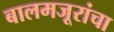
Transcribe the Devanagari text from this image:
बालमजूरांचा